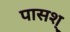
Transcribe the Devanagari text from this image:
पासश्